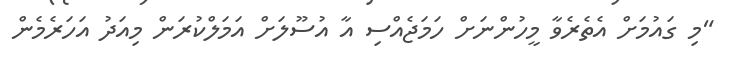
"މި ގައުމަށް އެތެރެވާ މީހުންނަށް ހަމަޖެއްސި އާ އުސޫލަށް އަމަލްކުރަން މިއަދު އަހަރެމެން